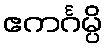
ဧကင်္ဂမ္ပိ